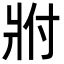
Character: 𬌀